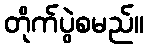
တိုက်ပွဲစမည်။